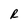
Character: R